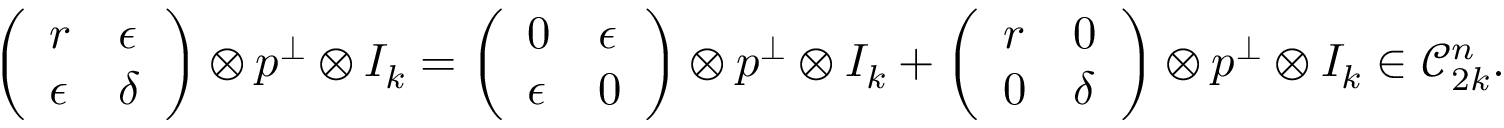
\left( \begin{array} { l l } { r } & { \epsilon } \\ { \epsilon } & { \delta } \end{array} \right) \otimes p ^ { \perp } \otimes I _ { k } = \left( \begin{array} { l l } { 0 } & { \epsilon } \\ { \epsilon } & { 0 } \end{array} \right) \otimes p ^ { \perp } \otimes I _ { k } + \left( \begin{array} { l l } { r } & { 0 } \\ { 0 } & { \delta } \end{array} \right) \otimes p ^ { \perp } \otimes I _ { k } \in \mathcal { C } _ { 2 k } ^ { n } .